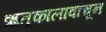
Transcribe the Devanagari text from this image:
ऋतूकालावाचून